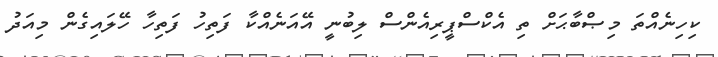
ކިހިނެއްތަ މިޞްބާޙަށް ތި އެކްސްޕީރިއެންސް ލިބުނީ އޭއަނެއްކާ ފަތިހު ފަތިހާ ހޭލައިގެން މިއަދު